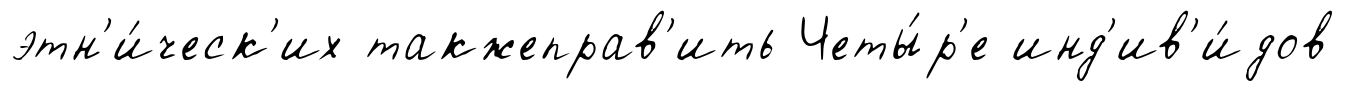
этн'и́ческ'их такжеправ'ить Четы́р'е инд'ив'и́дов